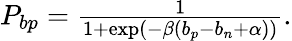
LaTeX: \begin{array}{r}{P_{bp}=\frac{1}{1+\exp(-\beta(b_{p}-b_{n}+\alpha))}.}\end{array}